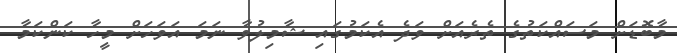
މާބޮޑަށް މަސައްކަތުގެ ތެރެއަށް ވަދެ އެކަމުގައި ޝާމިލުވާ ނަމަ އަވަހަށް މީހާ ކަންކަމާ